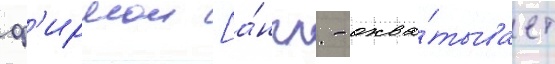
ф'ирмои [а́нгл. - охва́тывает